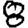
Digit: 8